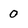
Character: 0